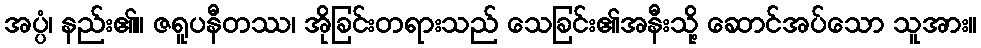
အပ္ပံ၊ နည်း၏။ ဇရူပနီတဿ၊ အိုခြင်းတရားသည် သေခြင်း၏အနီးသို့ ဆောင်အပ်သော သူအား။